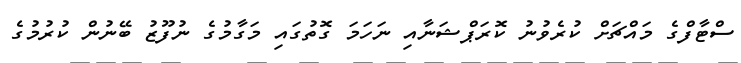
ސްޓާފްގެ މައްޗަށް ކުރެވުނު ކޮރަޕްޝަނާއި ނަހަމަ ގޮތުގައި މަގާމުގެ ނުފޫޒު ބޭނުން ކުރުމުގެ